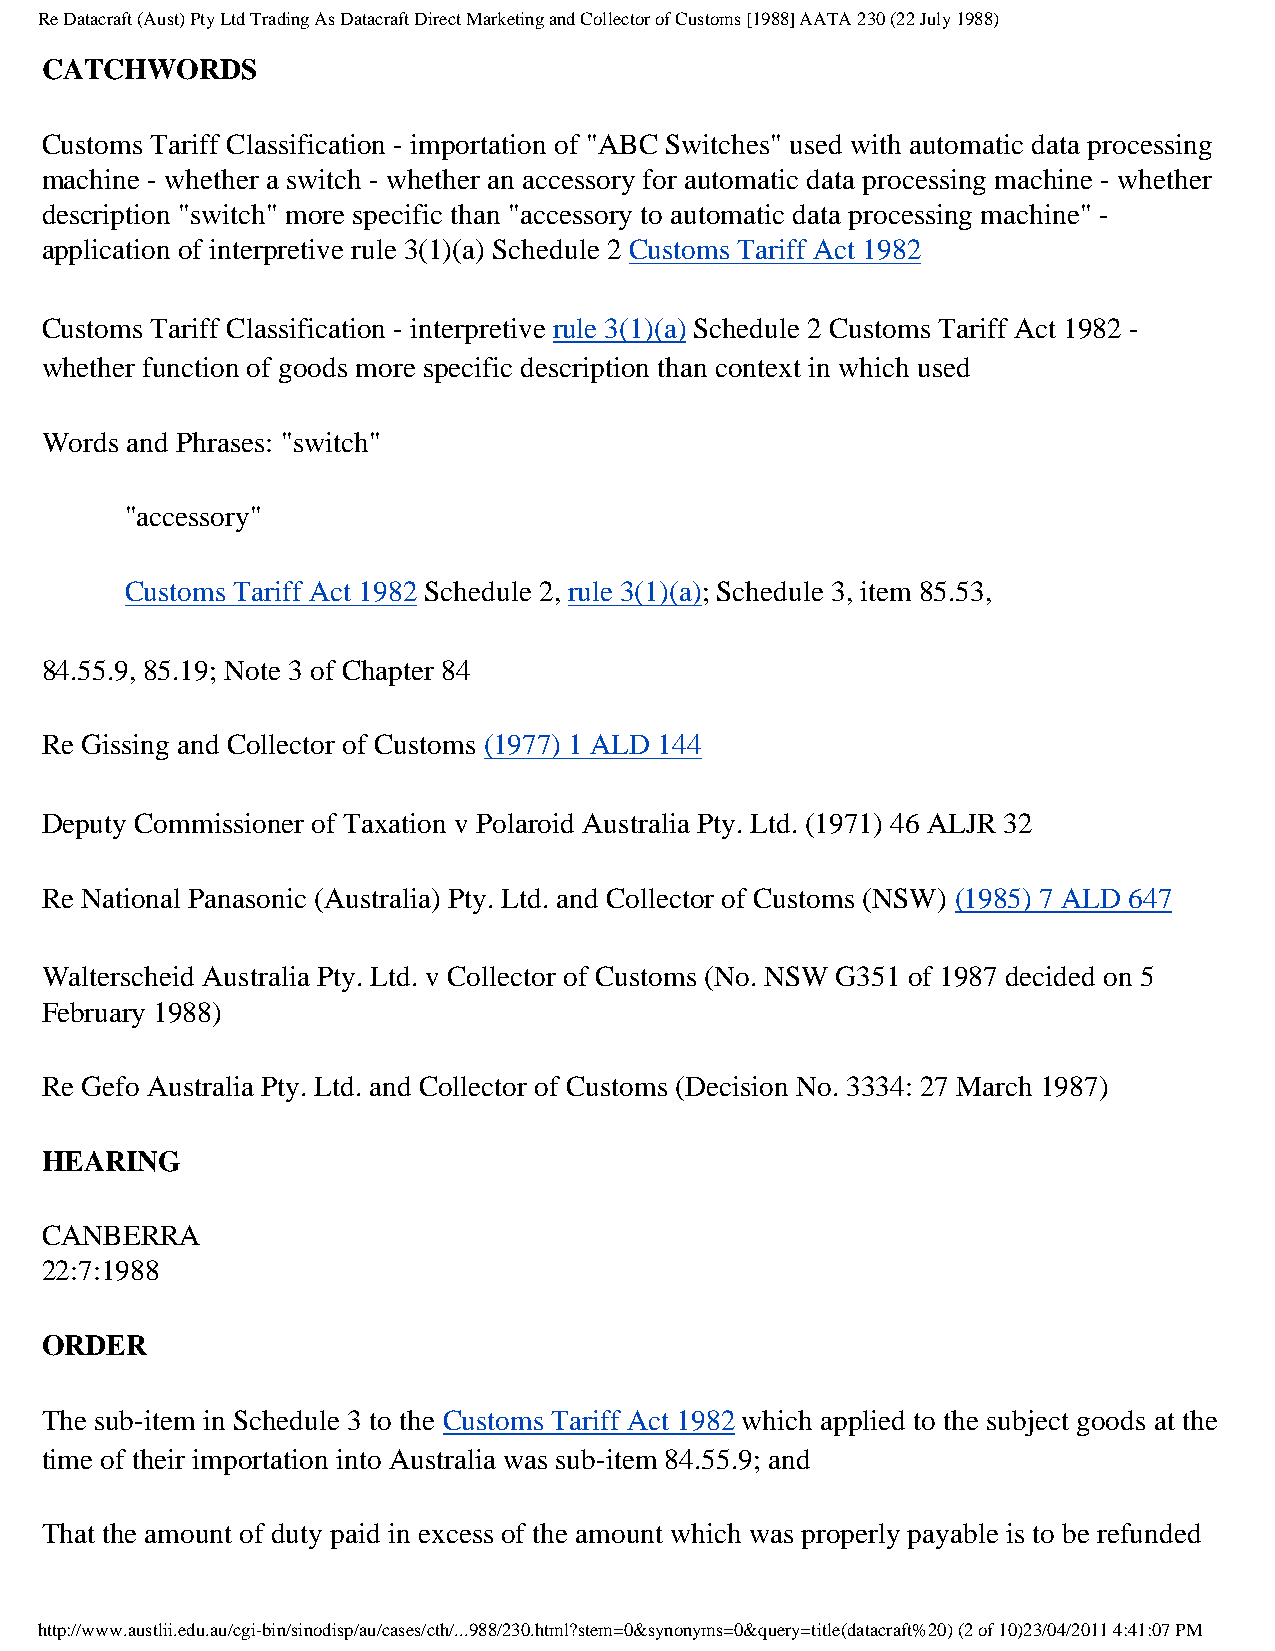
Re Datacraft (Aust) Pty Ltd Trading As Datacraft Direct Marketing and Collector of Customs [1988] AATA 230 (22 July 1988)
 CATCHWORDS
 Customs Tariff Classification - importation of "ABC Switches" used with automatic data processing
 machine - whether a switch - whether an accessory for automatic data processing machine - whether
 description "switch" more specific than "accessory to automatic data processing machine" -
 application of interpretive rule 3(1)(a) Schedule 2 Customs Tariff Act 1982
 Customs Tariff Classification - interpretive rule 3(1)(a) Schedule 2 Customs Tariff Act 1982 -
 whether function of goods more specific description than context in which used
 Words and Phrases: "switch"
 "accessory"
 Customs Tariff Act 1982 Schedule 2, rule 3(1)(a); Schedule 3, item 85.53,
 84.55.9, 85.19; Note 3 of Chapter 84
 Re Gissing and Collector of Customs (1977) 1 ALD 144
 Deputy Commissioner of Taxation v Polaroid Australia Pty. Ltd. (1971) 46 ALJR 32
 Re National Panasonic (Australia) Pty. Ltd. and Collector of Customs (NSW) (1985) 7 ALD 647
 Walterscheid Australia Pty. Ltd. v Collector of Customs (No. NSW G351 of 1987 decided on 5
 February 1988)
 Re Gefo Australia Pty. Ltd. and Collector of Customs (Decision No. 3334: 27 March 1987)
 HEARING
 CANBERRA
 22:7:1988
 ORDER
 The sub-item in Schedule 3 to the Customs Tariff Act 1982 which applied to the subject goods at the
 time of their importation into Australia was sub-item 84.55.9; and
 That the amount of duty paid in excess of the amount which was properly payable is to be refunded
 http://www.austlii.edu.au/cgi-bin/sinodisp/au/cases/cth/...988/230.html?stem=0&synonyms=0&query=title(datacraft%20) (2 of 10)23/04/2011 4:41:07 PM